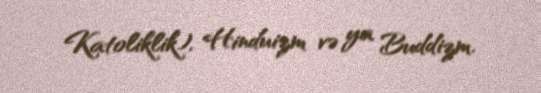
Katoliklik), Hinduizm və ya Buddizm.